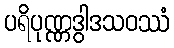
ပရိပုဏ္ဏဒွါဒသဝဿံ